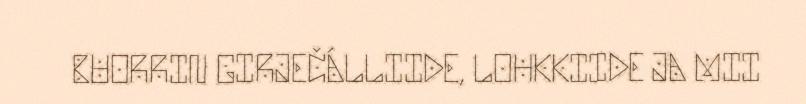
BUORRIN GIRJEČÁLLIIDE, LOHKKIIDE JA MII